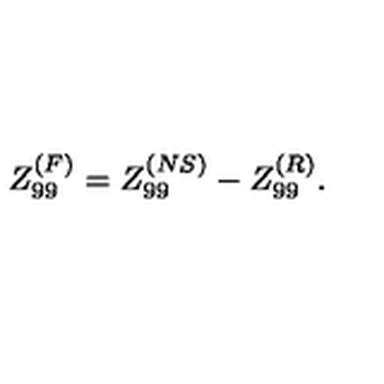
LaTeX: Z _ { 9 9 } ^ { ( F ) } = Z _ { 9 9 } ^ { ( N S ) } - Z _ { 9 9 } ^ { ( R ) } .